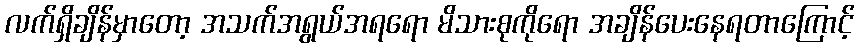
လက်ရှိချိန်မှာတော့ အသက်အရွယ်အရရော မိသားစုကိုရော အချိန်ပေးနေရတာကြောင့်